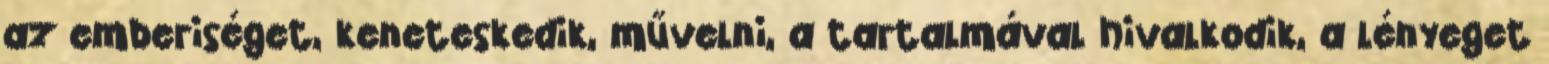
az emberiséget, keneteskedik, művelni, a tartalmával hivalkodik, a lényeget